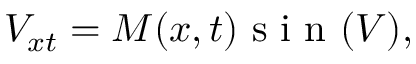
V _ { x t } = M ( x , t ) \mathrm { ~ s ~ i ~ n ~ } ( V ) ,